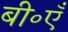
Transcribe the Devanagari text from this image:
बी॰एँ